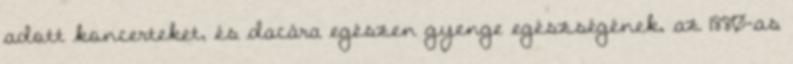
adott koncerteket, és dacára egészen gyenge egészségének, az 1880-as